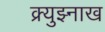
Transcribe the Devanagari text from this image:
क्र्युझ्नाख